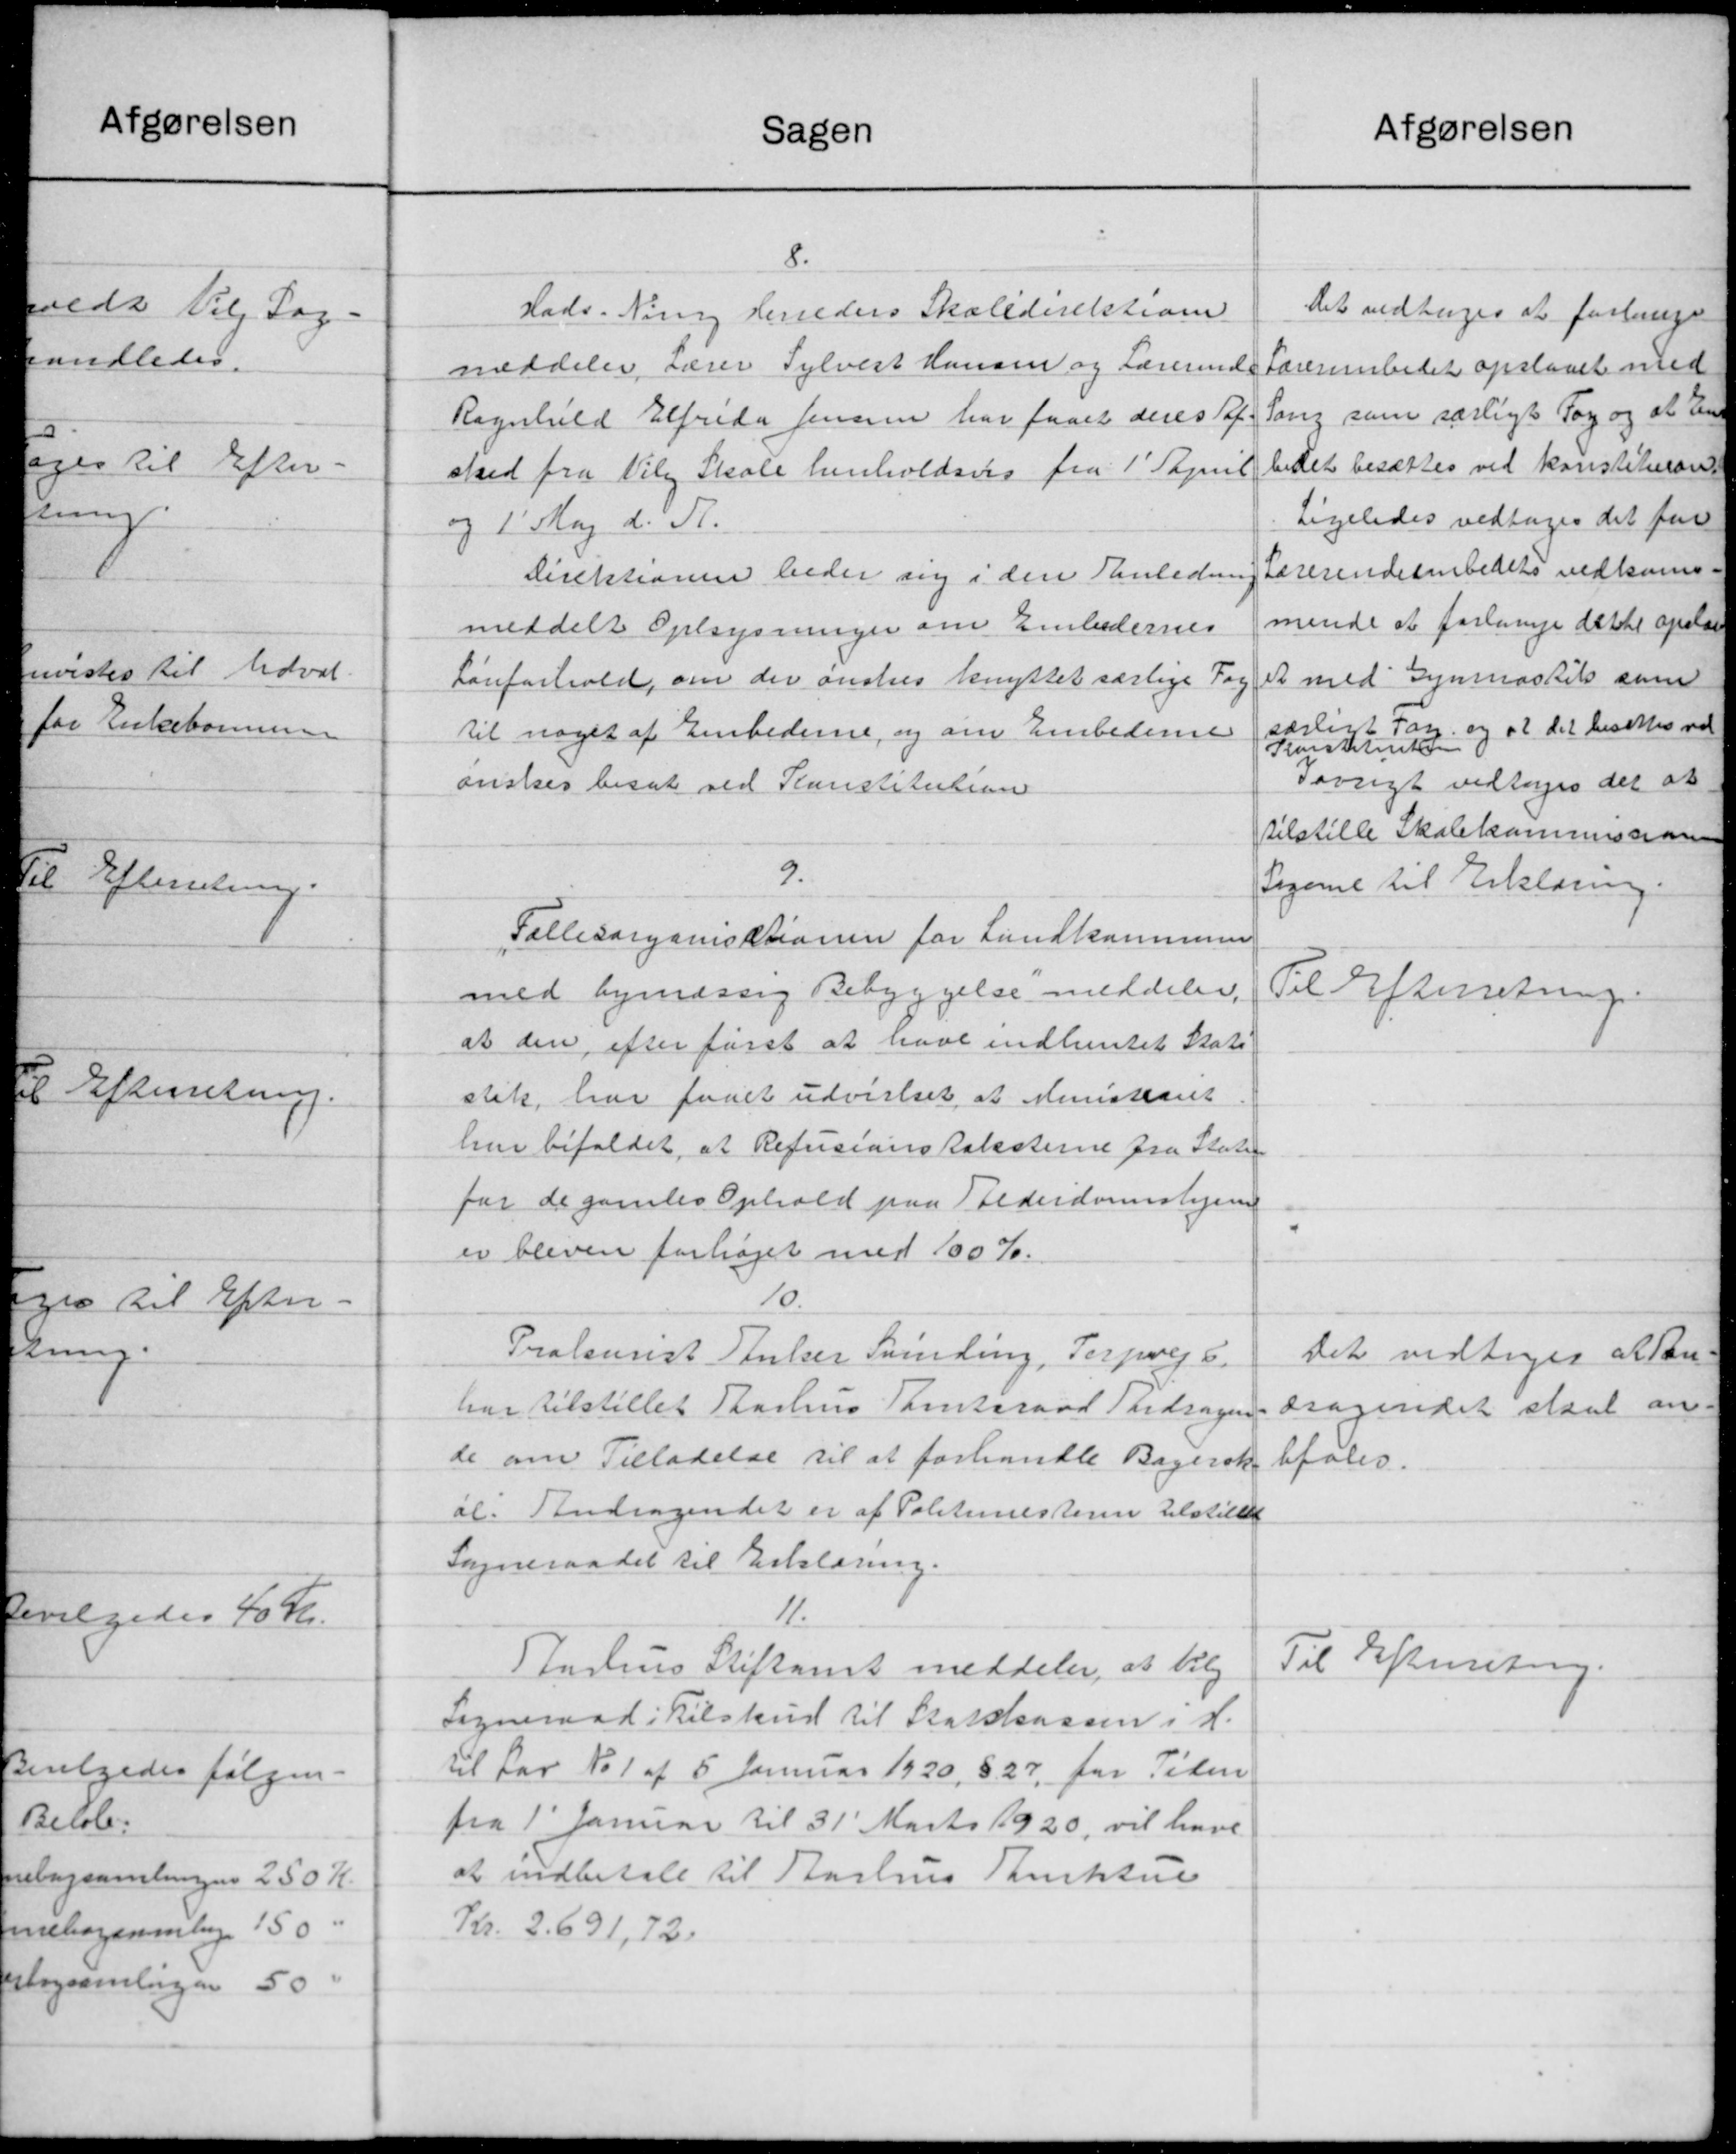
Transskription:
Sagen
8.
Hads. Ning Herreders Skoledirektione
meddeler Lærer Sylvest Hansen og Lærerinde
Ragnhild Elfrida Jensen har faaet deres Taf-
sked fra Viby Skole henholdsvis fra 1' Papril
og 1' Maj d. A.
Direktionen beder sig i den Anledning
meddelt Oplysninger om Embedernes
Lønforhold, om der ønskes knyttet særlige Fog
til noget af Embederne, og om Embederne
ønskes besat ved Planstitution
9.
Fællesorganisationen for Landkommunen
med bymæssig Bebyggelse meddeler,
at den efter først at have indhentet Stats
stik, har faaet udvistset at Ministearet
har bifaldet, at Refusionskolesterne fra Staten
for de gamles Ophold paa Alderdomshjem
er bleven forhøjet med 100 %.
10.
Prokurist Anker Svinding, Terpvej 6.
har tilstillet Aarhus Samtsraad Tidsagen
de om Tilladelse til at forhandle Bagerak
al. Andragendet er af Politimesteren tilstillet
Sogneraadet til Erklæring.
11.
TAarhus Stiftamt meddeler, at tilg
Sogneraad i Tilskud til Statskassen i H.
til Lov No 1 af 5 Januar 1920, § 27, for Tiden
fra 1' Januar til 31' Marts 1920, vil have
at indbetale til Aarhus Punktue
Kr. 2.691, 72.